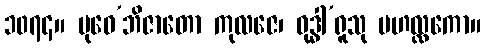
၁၀၇၄။ ဗုဓေ’ဘိဇာတော ကုလဇေ၊ ဝုဒ္ဓါ’ရူသု မဟလ္လကော။